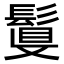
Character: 𩮉